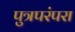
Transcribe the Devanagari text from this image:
पुत्रपरंपरा